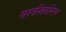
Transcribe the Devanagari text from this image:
सस्त्रशिवलिंग